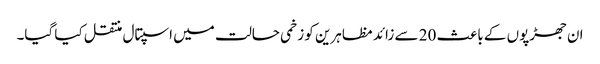
ان جھڑپوں کے باعث 20 سے زائد مظاہرین کو زخمی حالت میں اسپتال منتقل کیا گیا۔